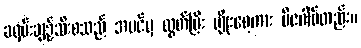
ခရမ်းချဉ်သီးစသည် အပင်မှ လွတ်ပြီး မျိုးစေ့ကား ဗီဇဂါမ်တည်း။